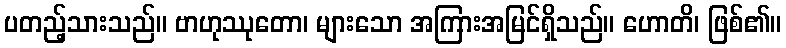
ပတည့်သားသည်။ ဗာဟုဿုတော၊ များသော အကြားအမြင်ရှိသည်။ ဟောတိ၊ ဖြစ်၏။